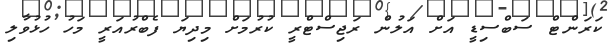
ކަރަންޓް ސަބްސިޑީ އަށް އަލުން ރަޖިސްޓްރީ ކުރުމަށް މިދިޔަ ފެބްރުއަރީ މަހު ހުޅުވާލި